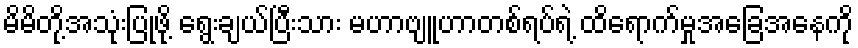
မိမိတို့အသုံးပြုဖို့ ရွေးချယ်ပြီးသား မဟာဗျူဟာတစ်ရပ်ရဲ့ ထိရောက်မှုအခြေအနေကို